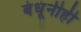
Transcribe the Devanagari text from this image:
बंधूंनीही